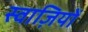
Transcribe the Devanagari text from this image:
स्वाज़ियों